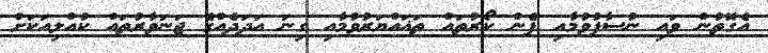
އެގޮތުން ވައި ނުސާފުވުމާއި ފެން ކޯރުތައް ތަޣައްޔަރުވުމާއި ގިނަ އަދަދެއްގެ ޖަނަވާރުތައް ކުއްލިއަކަށް